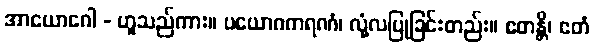
အာယောဂေါ - ဟူသည်ကား။ ပယောဂကရဏံ၊ လုံ့လပြုခြင်းတည်း။ ဧတန္တိ၊ ဧတံ